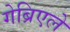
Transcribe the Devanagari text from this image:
गेब्रिएले